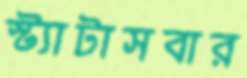
স্ট্যাটাসবার